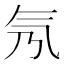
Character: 氖